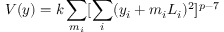
V ( y ) = k \sum _ { m _ { i } } [ \sum _ { i } ( y _ { i } + m _ { i } L _ { i } ) ^ { 2 } ] ^ { p - 7 }